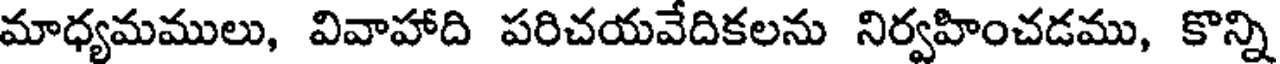
మాధ్యమములు, వివాహాది పరిచయవేదికలను నిర్వహించడము, కొన్ని